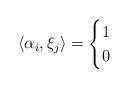
LaTeX: \begin{align*} \langle \alpha_i, \xi_j\rangle= \begin{cases} 1& \\ 0& \end{cases}\end{align*}